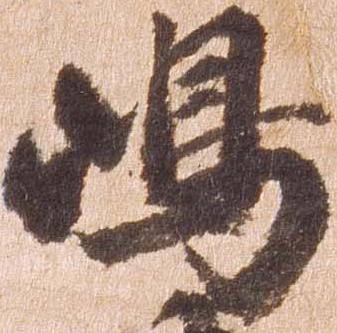
嶋